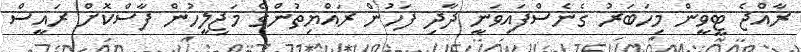
ރާއްޖެ ޓީވީން މިހަބަރު ގެނެސްފައިވަނީ ދާދި ފަހުން ރައްޔިތުންގެ މަޖިލީހުން ފާސްކޮށް ރައީސް